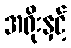
အရိုးနှင့်